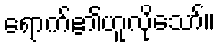
ရောက်၏ဟူလိုသော်။